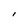
Character: l